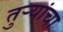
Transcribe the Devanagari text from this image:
तुऱ्यांचा